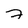
Character: 7